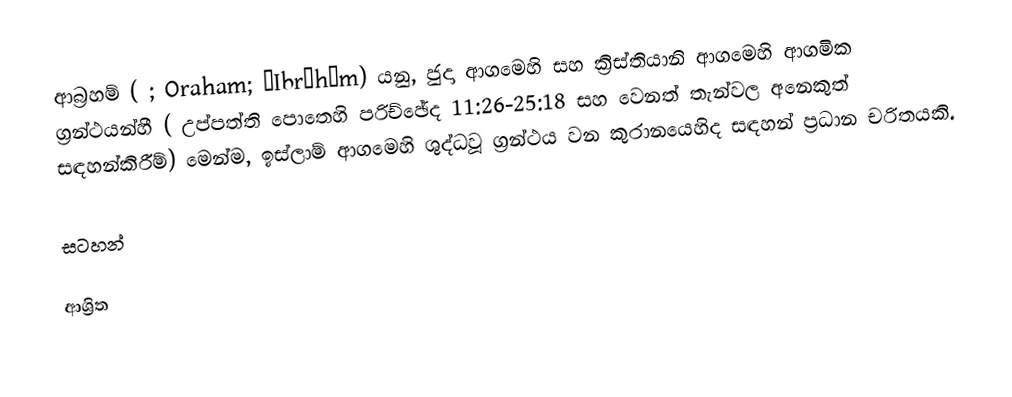
ආබ්‍රහම් ( ;  Oraham;  ʾIbrāhīm) යනු,  ජුදා ආගමෙහි සහ ක්‍රිස්තියානි ආගමෙහි ආගමික ග්‍රන්ථයන්හී  ( උප්පත්ති පොතෙහි පරිච්ඡේද 11:26-25:18 සහ වෙනත් තැන්වල අනෙකුත් සඳහන්කිරීම්) මෙන්ම,  ඉස්ලාම් ආගමෙහි ශුද්ධවූ ග්‍රන්ථය වන කුරානයෙහිද සඳහන් ප්‍රධාන චරිතයකි.

සටහන්

ආශ්‍රිත